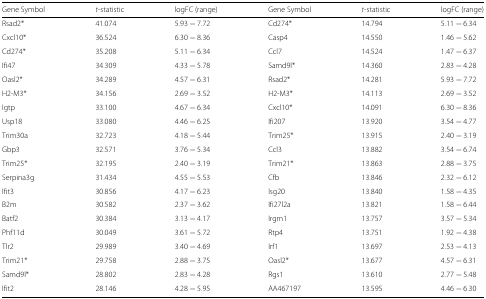
<table><thead><tr><td><b>Gene Symbol</b></td><td><b><i>t</i>-statistic</b></td><td><b>logFC (range)</b></td><td><b>Gene Symbol</b></td><td><b><i>t</i>-statistic</b></td><td><b>logFC (range)</b></td></tr></thead><tbody><tr><td>Rsad2*</td><td>41.074</td><td>5.93 − 7.72</td><td>Cd274*</td><td>14.794</td><td>5.11 − 6.34</td></tr><tr><td>Cxcl10*</td><td>36.524</td><td>6.30 − 8.36</td><td>Casp4</td><td>14.550</td><td>1.46 − 5.62</td></tr><tr><td>Cd274*</td><td>35.208</td><td>5.11 − 6.34</td><td>Ccl7</td><td>14.524</td><td>1.47 − 6.37</td></tr><tr><td>Ifi47</td><td>34.309</td><td>4.33 − 5.78</td><td>Samd9l*</td><td>14.360</td><td>2.83 − 4.28</td></tr><tr><td>Oasl2*</td><td>34.289</td><td>4.57 − 6.31</td><td>Rsad2*</td><td>14.281</td><td>5.93 − 7.72</td></tr><tr><td>H2-M3*</td><td>34.156</td><td>2.69 − 3.52</td><td>H2-M3*</td><td>14.113</td><td>2.69 − 3.52</td></tr><tr><td>Igtp</td><td>33.100</td><td>4.67 − 6.34</td><td>Cxcl10*</td><td>14.091</td><td>6.30 − 8.36</td></tr><tr><td>Usp18</td><td>33.080</td><td>4.46 − 6.25</td><td>Ifi207</td><td>13.920</td><td>3.54 − 4.77</td></tr><tr><td>Trim30a</td><td>32.723</td><td>4.18 − 5.44</td><td>Trim25*</td><td>13.915</td><td>2.40 − 3.19</td></tr><tr><td>Gbp3</td><td>32.571</td><td>3.76 − 5.34</td><td>Ccl3</td><td>13.882</td><td>3.54 − 6.74</td></tr><tr><td>Trim25*</td><td>32.195</td><td>2.40 − 3.19</td><td>Trim21*</td><td>13.863</td><td>2.88 − 3.75</td></tr><tr><td>Serpina3g</td><td>31.434</td><td>4.55 − 5.53</td><td>Cfb</td><td>13.846</td><td>2.32 − 6.12</td></tr><tr><td>Ifit3</td><td>30.856</td><td>4.17 − 6.23</td><td>Isg20</td><td>13.840</td><td>1.58 − 4.35</td></tr><tr><td>B2m</td><td>30.582</td><td>2.37 − 3.62</td><td>Ifi27l2a</td><td>13.821</td><td>1.58 − 6.44</td></tr><tr><td>Batf2</td><td>30.384</td><td>3.13 − 4.17</td><td>Irgm1</td><td>13.757</td><td>3.57 − 5.34</td></tr><tr><td>Phf11d</td><td>30.049</td><td>3.61 − 5.72</td><td>Rtp4</td><td>13.751</td><td>1.92 − 4.38</td></tr><tr><td>Tlr2</td><td>29.989</td><td>3.40 − 4.69</td><td>Irf1</td><td>13.697</td><td>2.53 − 4.13</td></tr><tr><td>Trim21*</td><td>29.758</td><td>2.88 − 3.75</td><td>Oasl2*</td><td>13.677</td><td>4.57 − 6.31</td></tr><tr><td>Samd9l*</td><td>28.802</td><td>2.83 − 4.28</td><td>Rgs1</td><td>13.610</td><td>2.77 − 5.48</td></tr><tr><td>Ifit2</td><td>28.146</td><td>4.28 − 5.95</td><td>AA467197</td><td>13.595</td><td>4.46 − 6.30</td></tr></tbody></table>